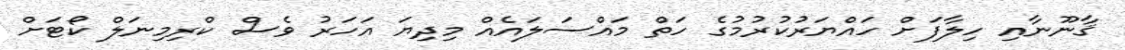
ޤާނޫނާއި ހިލާފަށް ހައްޔަރުކުރުމުގެ ހަތް މައްސަލައެއް މިދިޔަ އަހަރު ވެސް ކްރިމިނަލް ކޯޓަށް